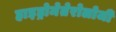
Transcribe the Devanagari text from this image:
हाइड्रोमेतेरोलोजी